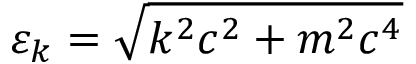
\varepsilon _ { k } = \sqrt { k ^ { 2 } c ^ { 2 } + m ^ { 2 } c ^ { 4 } }